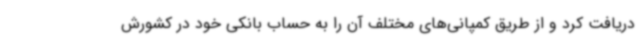
دریافت کرد و از طریق کمپانی‌های مختلف آن را به حساب بانکی خود در کشورش